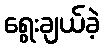
ရွေးချယ်ခဲ့